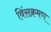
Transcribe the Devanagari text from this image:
विंसक्रमण